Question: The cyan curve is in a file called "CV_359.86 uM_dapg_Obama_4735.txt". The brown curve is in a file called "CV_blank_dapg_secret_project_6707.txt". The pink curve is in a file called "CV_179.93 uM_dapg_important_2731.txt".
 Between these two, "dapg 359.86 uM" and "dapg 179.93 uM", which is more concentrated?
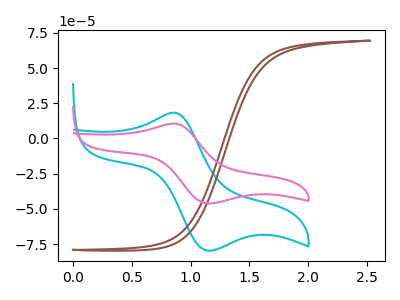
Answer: <think>The cyan curve "dapg 359.86 uM" has an anodic peak at (0.85V, 18.30uA) and a cathodic peak at (1.15V, -79.60uA). The brown curve "dapg blank" has no peaks. The pink curve "dapg 179.93 uM" has an anodic peak at (0.85V, 10.60uA) and a cathodic peak at (1.15V, -46.05uA).
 All the peaks in "dapg 359.86 uM" have a peak in "dapg 179.93 uM" at the same potential. Every peak in "dapg 359.86 uM" is higher than every peak in "dapg 179.93 uM".</think>
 <answer>"dapg 359.86 uM" has more signal than "dapg 179.93 uM" and so likely has a higher concentration.</answer>
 <eval>more_concentration</eval>